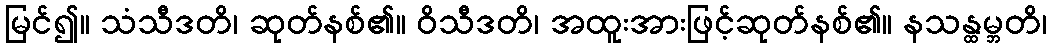
မြင်၍။ သံသီဒတိ၊ ဆုတ်နစ်၏။ ဝိသီဒတိ၊ အထူးအားဖြင့်ဆုတ်နစ်၏။ နသန္ထမ္ဘတိ၊